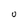
Character: u